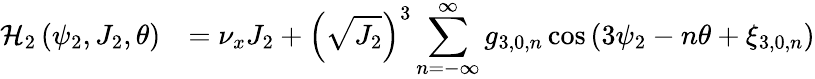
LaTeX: \begin{array}{cl}{\displaystyle\mathcal{H}_{2}\left(\psi_{2},J_{2},\theta\right)}&{=\displaystyle\nu_{x}J_{2}+\left(\sqrt{J_{2}}\right)^{3}\sum_{n=-\infty}^{\infty}{g_{3,0,n}\cos{\left(3\psi_{2}-n\theta+\xi_{3,0,n}\right)}}}\end{array}